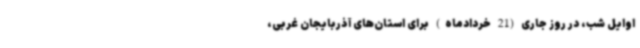
اوایل شب، در روز جاری (21 خردادماه) برای استان‌های آذربایجان غربی،